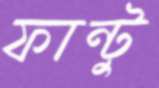
ফান্টু